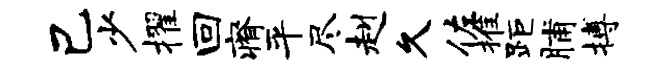
己少擢回瘠平尽赳久佐推距脯搏